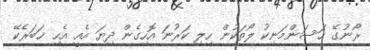
ރޯނުގޭ ޙަސަންމަނިކު ލޯތަކުން ހިލި ކަރުނަ އޮހިގެން ދިޔަ އެއީ އެހި ޚަބަރެކޭ